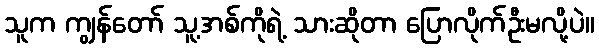
သူက ကျွန်တော် သူ့အစ်ကိုရဲ့ သားဆိုတာ ပြောလိုက်ဦးမလို့ပဲ။